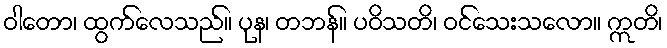
ဝါတော၊ ထွက်လေသည်။ ပုန၊ တဘန်။ ပဝိသတိ၊ ဝင်သေးသလော။ ဣတိ၊